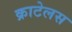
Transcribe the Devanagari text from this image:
क्राटेलस